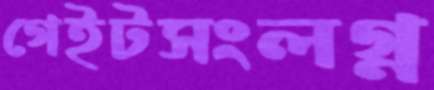
গেইটসংলগ্ন